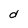
Character: d